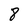
Character: 8